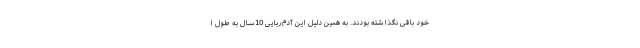
خود باقی نگذاشته بودند. به همین دلیل این آدم‌ربایی 10سال به طول ا